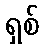
ရှစ်